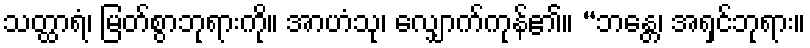
သတ္ထာရံ၊ မြတ်စွာဘုရားကို။ အာဟံသု၊ လျှောက်ကုန်၏။ “ဘန္တေ၊ အရှင်ဘုရား။